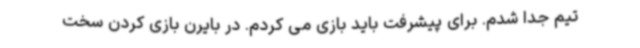
تیم جدا شدم. برای پیشرفت باید بازی می کردم. در بایرن بازی کردن سخت